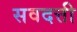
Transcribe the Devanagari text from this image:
सवदत्ती